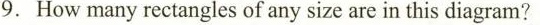
9. How many rectangles of any size are in this diagram?